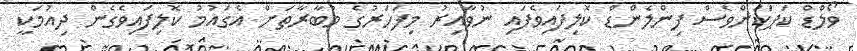
ވޯލްޑް ކަޕަކަށްވެސް ފިންލެންޑް ކޮލިފައިވެފައި ނުވާއިރު މިފަހަރުގެ މުބާރާތަށް އެގައުމު ކޮލިފައިވެގެން ދިއުމަކީ